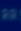
II